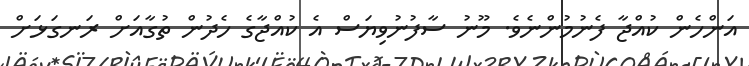
އަންހެން ކުއްޖާ ފެނުމުންނެވެ. މޫނު ސާފުނުވިޔަސް އެ ކުއްޖާގެ ހެދުން ތުގާއަށް ރަނގަޅަށް